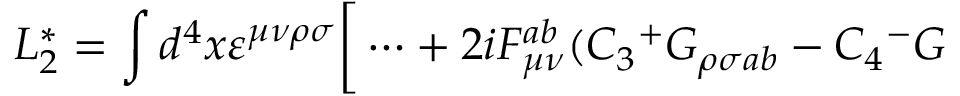
L _ { 2 } ^ { * } = \int d ^ { 4 } x \varepsilon ^ { \mu \nu \rho \sigma } \bigg [ \dots + 2 i F _ { \mu \nu } ^ { a b } ( C _ { 3 } { ^ + } { \cal G } _ { \rho \sigma a b } - C _ { 4 } { ^ - } { \cal G }